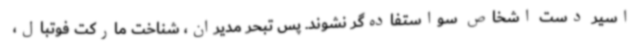
اسیر دست اشخاص سواستفاده‌گر نشوند. پس تبحر مدیران، شناخت مارکت فوتبال،